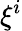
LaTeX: \xi^{i}